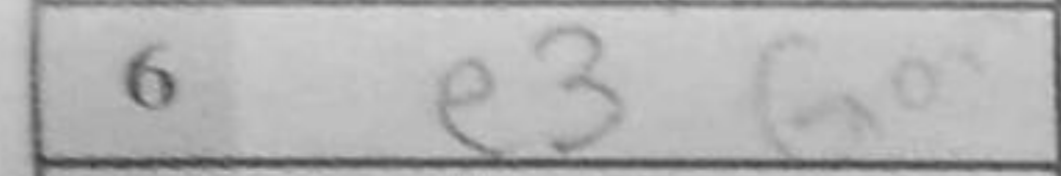
Transcription: e3